Leaving Certificate Examination, 1925
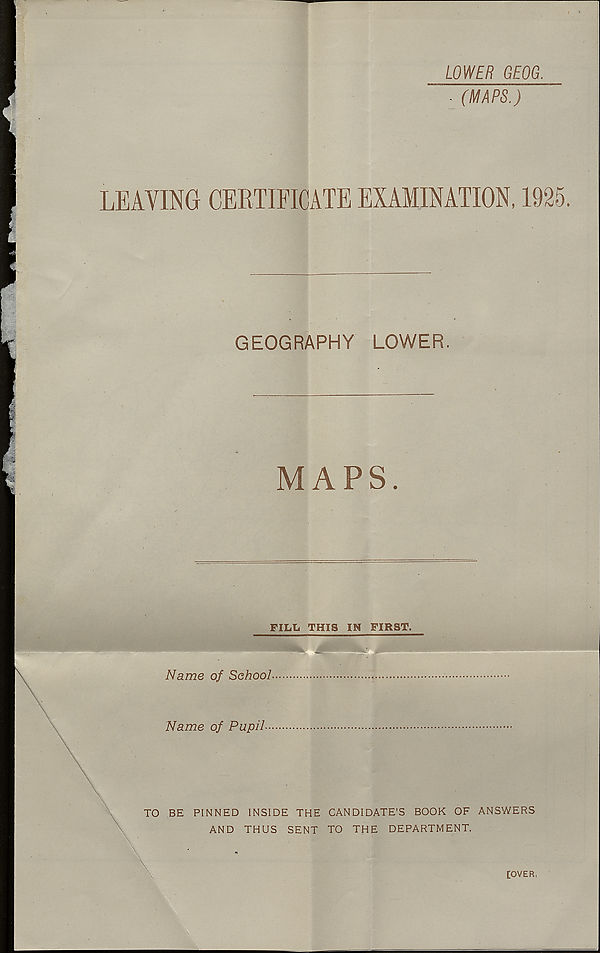
LOWER GEOG.
■ (MAPS.)
LEAVING CERTIFICATE EXAMINATION, 1925.
GEOGRAPHY
LOWER.
MAPS.
FILL THIS IN FIRST.
Name of School-
Name of Pupil--
TO BE PINNED INSIDE THE CANDIDATE’S BOOK OF ANSWERS
AND THUS SENT TO THE DEPARTMENT.
[OVER